system: You are a helpful assistant.
user:
Analyze the provided spectrum to determine if it is a **"Cataclysmic Variables (CV)"**.

- **Key Indicators for CV (Check for either state):**
    - **State 1: Quiescent / Low-State (Emission-Dominated)**
        - **(Primary):** Strong and *very broad* Hydrogen Balmer emission lines (e.g., $H\alpha$ at 6563 Å, $H\beta$ at 4861 Å). The 'broadness' (high velocity dispersion, often FWHM > 1000 km/s) is the key diagnostic, indicating a high-velocity accretion disk.
        - **(Secondary):** Broad neutral Helium (He I) emission lines (e.g., 5876 Å, 6678 Å).
        - **(Key Confirmation):** Presence of high-excitation *ionized* Helium (He II) emission at 4686 Å. This is a strong indicator of accretion onto a white dwarf.
        - **(Line Profile):** Emission lines may exhibit a 'double-peaked' profile, which is a classic signature of a rotating accretion disk viewed at high inclination.

    - **State 2: Outburst / High-State (Absorption-Dominated)**
        - **(Primary):** Spectrum is dominated by a bright, blue continuum (looks like a hot star).
        - **(Secondary):** The emission lines from State 1 are weak, absent, or 'filled in', and are replaced by broad, shallow *absorption* lines (primarily Balmer and He I).
        - **(Morphology):** The overall spectrum mimics a hot B/A-type star. The crucial difference is that the absorption lines are significantly broader, shallower, and more 'washed-out' (or 'smeared') than the sharp lines of a normal stellar photosphere, due to high rotational speeds and pressure broadening in the disk.

Think first, call **spectral_visualization_tool** if needed to examine features in detail, then provide your final answer. Your response must adhere to the following strict rules:
1.  **Overall Structure:** Your response must follow the format `<think>...</think> <tool_call>...</tool_call> (if a tool is used) <answer>...</answer>`.
2.  **Tool Usage Constraint:** You may only make **one** tool call per turn.
3.  **Final Answer Format:** In the `<answer>` tag, your conclusion must be inside a `\boxed{}` command (e.g., `\boxed{YES}`), followed by your justification.

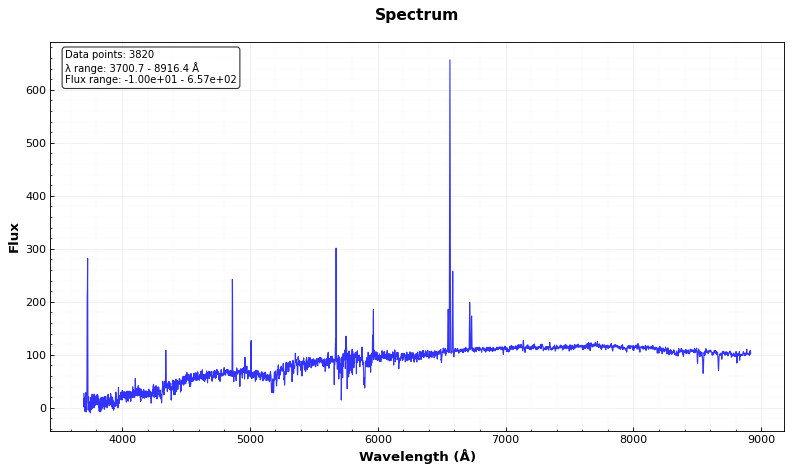
Answer: NO